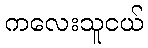
ကလေးသူငယ်